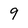
Character: 9